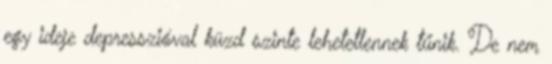
egy ideje depresszióval küzd szinte lehetetlennek tűnik. De nem